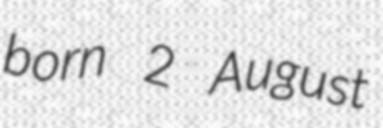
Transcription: born 2 August